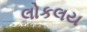
લોકલય